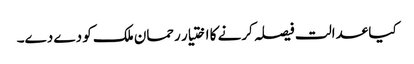
کیا عدالت فیصلہ کرنے کا اختیار رحمان ملک کو دے دے۔